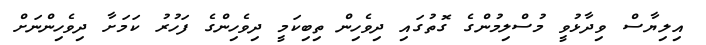
އިލިޔާސް ވިދާޅުވީ މުސްލިމުންގެ ގޮތުގައި ދިވެހިން ތިބިކަމީ ދިވެހިންގެ ފަހުރު ކަމަށާ ދިވެހިންނަށް